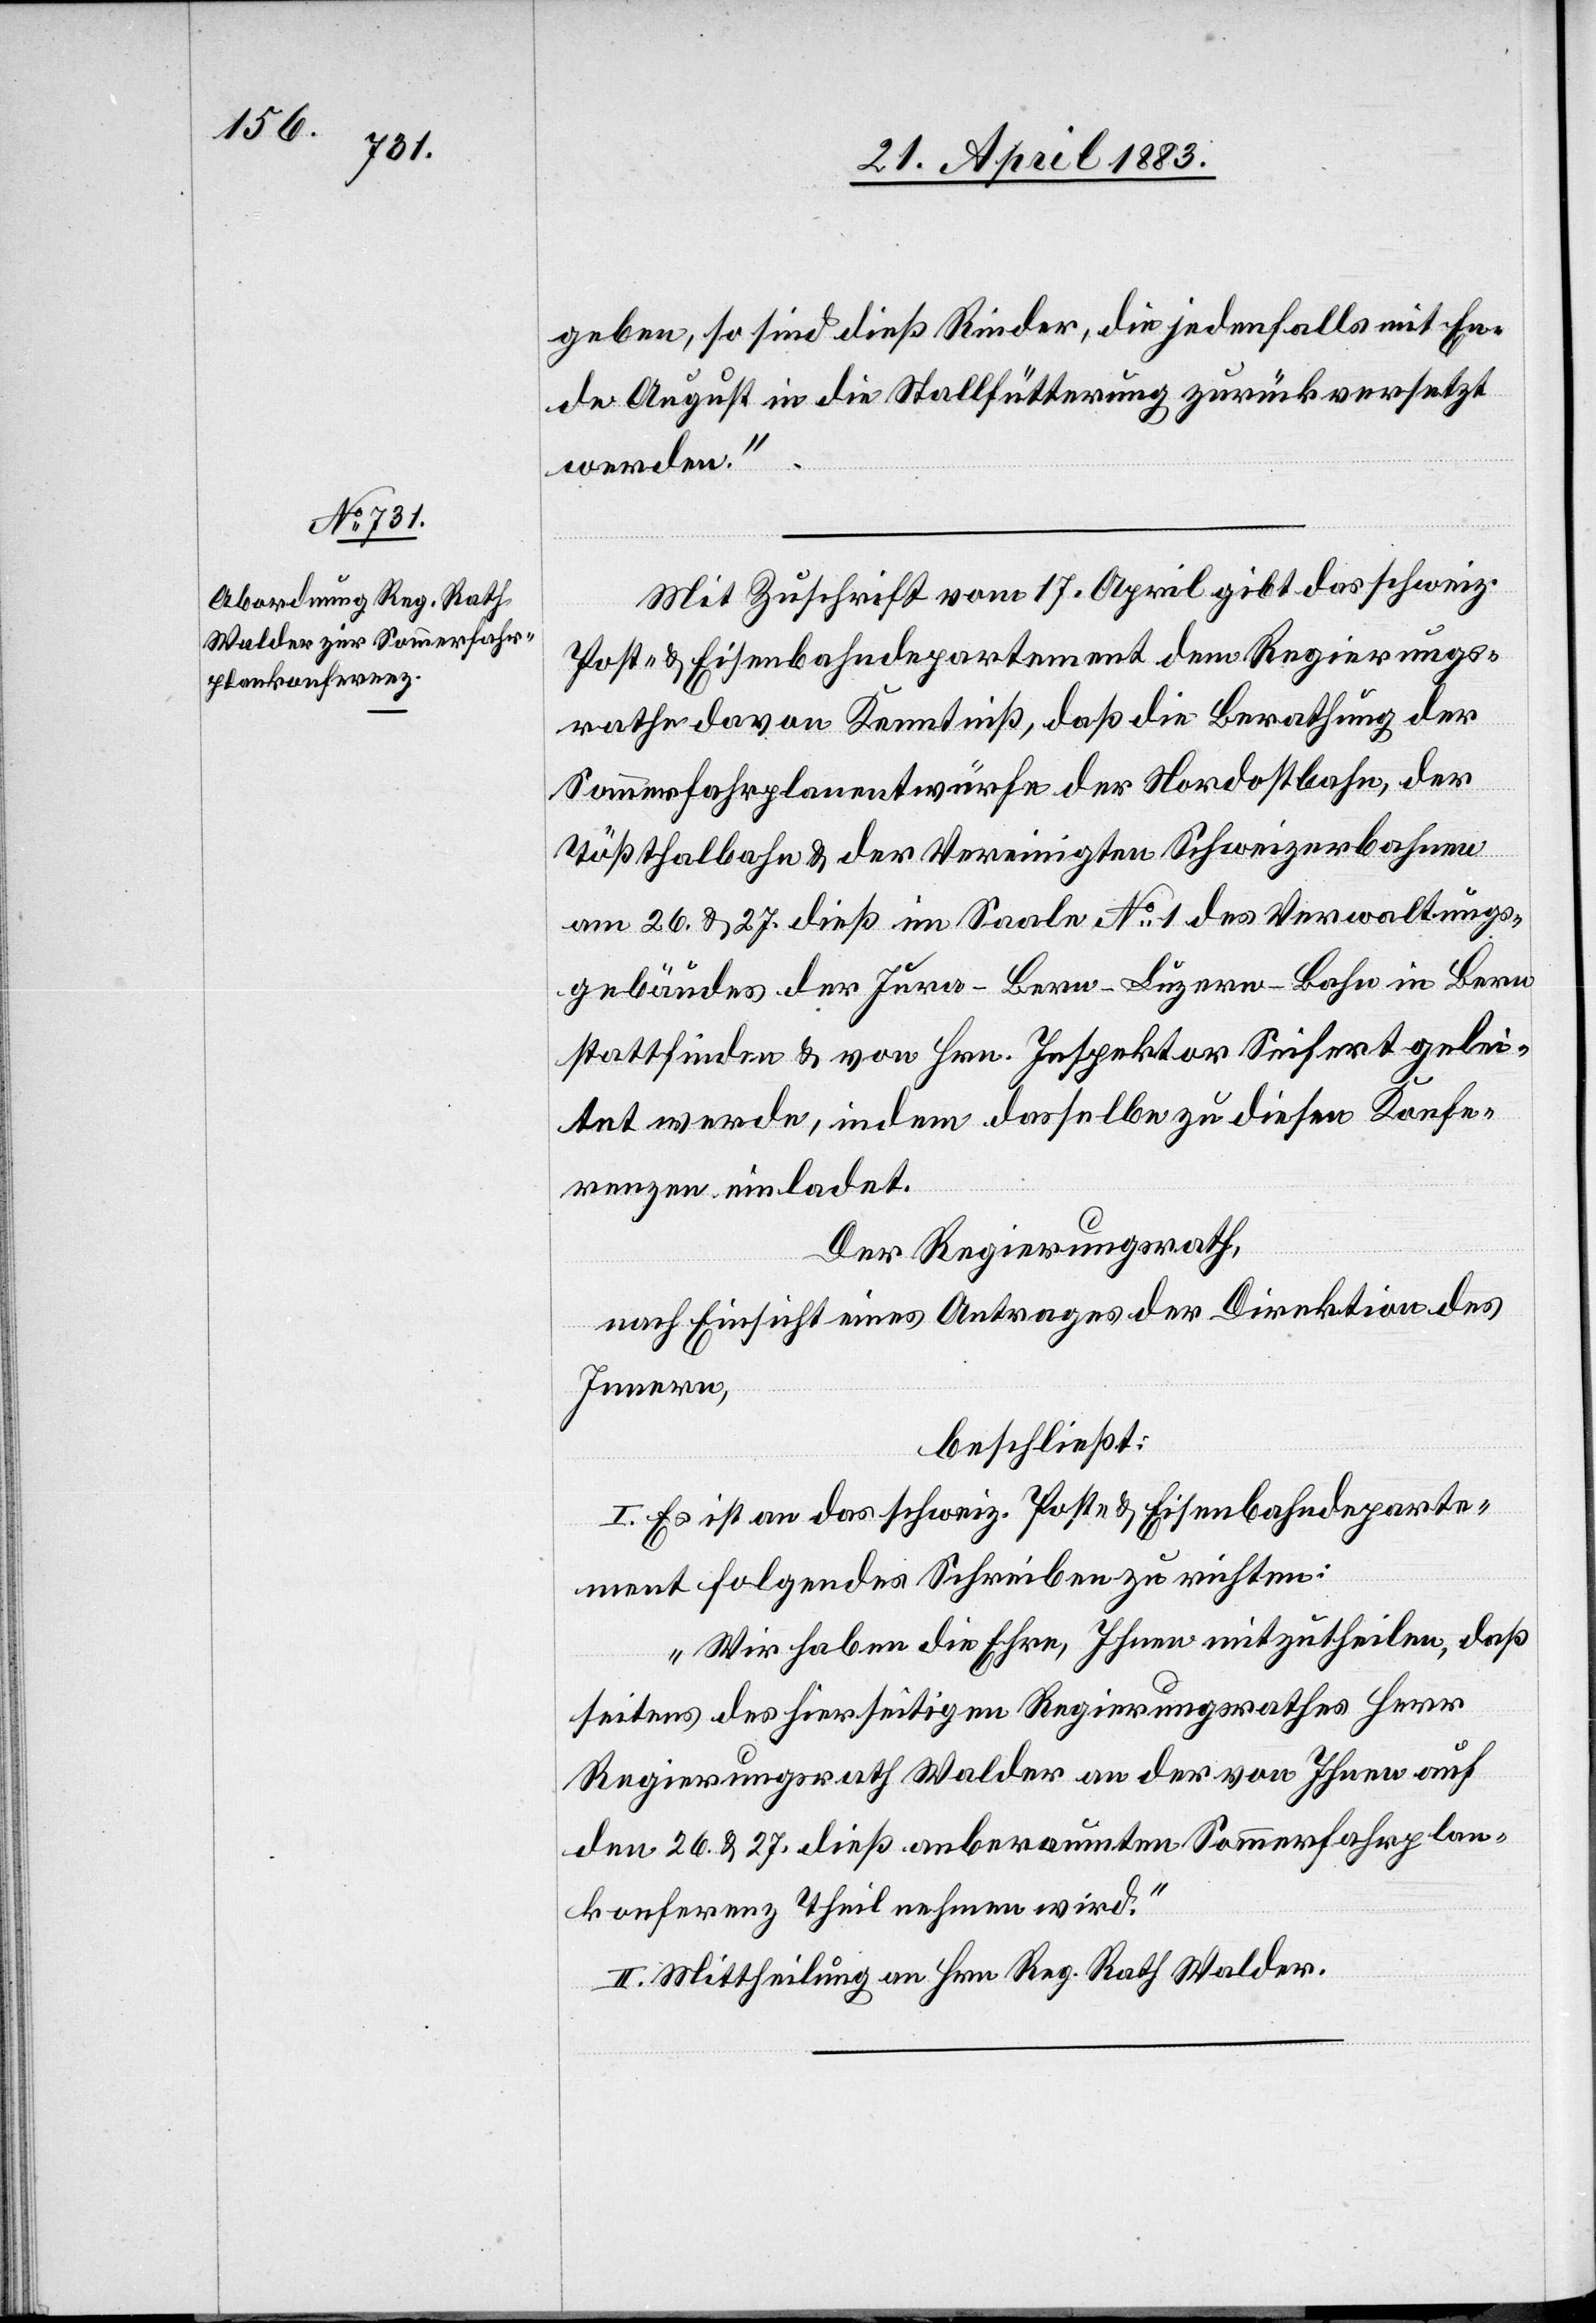
geben, so sind dieß Rinder, die jedenfalls mit En¬
de August in die Stallfütterung zurückversetzt
werden.“
Mit Zuschrift vom 17. April gibt das schweiz.
Post- & Eisenbahndepartement dem Regierungs¬
rathe davon Kenntniß, daß die Berathung der
Sommerfahrplanentwürfe der Nordostbahn, der
Tößthalbahn & der Vereinigten Schweizerbahnen
am 26. & 27. dieß im Saale No 1 des Verwaltungs¬
gebäudes der Jura–Bern–Luzern-Bahn in Bern
stattfinden & von Hrn. Inspektor Seifert gelei¬
stet werde, indem dasselbe zu diesen Konfe¬
renzen einladet.
Der Regierungsrath,
nach Einsicht eines Antrages der Direktion des
Innern,
beschließt:
I. Es ist an das schweiz. Post- & Eisenbahndeparte¬
ment folgendes Schreiben zu richten:
„Wir haben die Ehre, Ihnen mitzutheilen, daß
seitens des hierseitigen Regierungsrathes Herr
Regierungsrath Walder an der von Ihnen auf
den 26. & 27. dieß anberaumten Sommerfahrplan¬
konferenz Theil nehmen wird.“
II. Mittheilung an Hrn. Reg. Rath Walder.